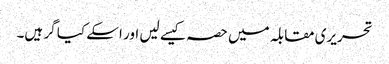
تحریری مقابلہ میں حصہ کیسے لیں اور اسکے کیا گر ہیں۔